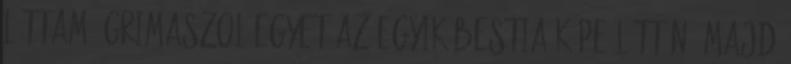
láttam. Grimaszol egyet az egyik bestia képe láttán, majd